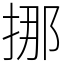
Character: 挪